Indian journal of veterinary science and animal husbandry - Volume 3,
Year: 1933
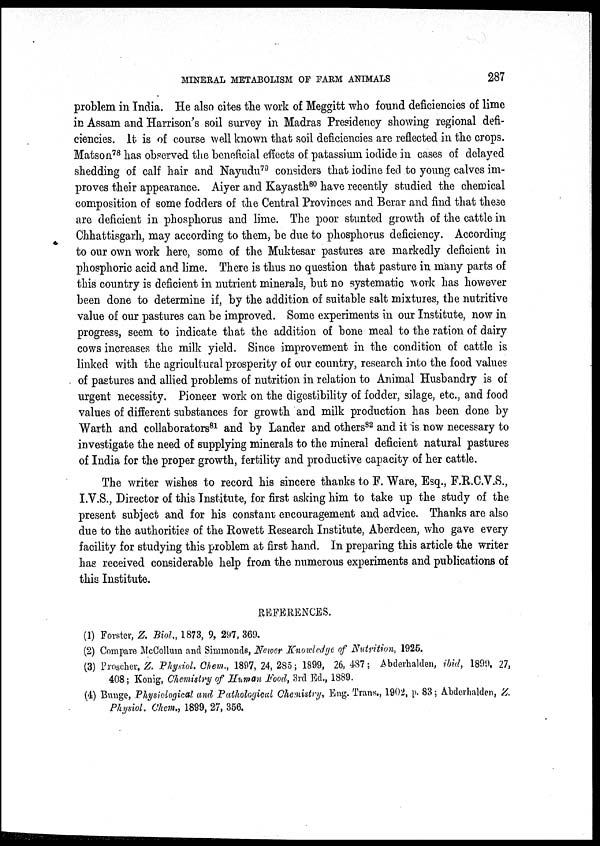
MINERAL METABOLISM OF FARM ANIMALS
287
problem in India. He also cites the work of Meggitt who found deficiencies of lime
in Assam and Harrison's soil survey in Madras Presidency showing regional defi-
ciencies. It is of course well known that soil deficiencies are reflected in the crops.
Matson 78 has observed the beneficial effects of patassium iodide, in cases of delayed
shedding of calf hair and Nayudu 79 considers that iodine fed to young calves im-
proves their appearance. Aiyer and Kayasth 80 have recently studied the chemical
composition of some fodders of the Central Provinces and Berar and find that these
are deficient in phosphorus and lime. The poor stunted growth of the cattle in
Chhattisgarh, may according to them, be due to phosphorus deficiency. According
to our own work here, some of the Muktesar pastures are markedly deficient in
phosphoric acid and lime. There is thus no question that pasture in many parts of
this country is deficient in nutrient minerals, but no systematic work has however
been done to determine if, by the addition of suitable salt mixtures, the nutritive
value of our pastures can be improved. Some experiments in our Institute, now in
progress, seem to indicate that the addition of bone meal to the ration of dairy
cows increases the milk yield. Since improvement in the condition of cattle is
linked with the agricultural prosperity of our country, research into the food values
of pastures and allied problems of nutrition in relation to Animal Husbandry is of
urgent necessity. Pioneer work on the digestibility of fodder, silage, etc., and food
values of different substances for growth and milk production has been done by
Warth and collaborators 81 and by Lander and others 82 and it is now necessary to
investigate the need of supplying minerals to the mineral deficient natural pastures
of India for the proper growth, fertility and productive capacity of her cattle.
The writer wishes to record his sincere thanks to F. Ware, Esq., F.R.C.V.S.,
I.V.S., Director of this Institute, for first asking him to take up the study of the
present subject and for his constant encouragement and advice. Thanks are also
due to the authorities of the Rowett Research Institute, Aberdeen, who gave every
facility for studying this problem at first hand. In preparing this article the writer
has received considerable help from the numerous experiments and publications of
this Institute.
REFERENCES.
(1) Forster, Z. Biol„ 1873, 9, 297, 369.
(2) Compare McCollum and Simmonds, Newer Knowledge of Nutrition, 1925.
(3) Proscher, Z. Physiol. Chem., 1897, 24, 285; 1899, 26, 487 ; Abderhalen, ibid, 1899, 27,
408 ; Konig, Chemistry of Human Food, 3rd Ed., 1889.
(4) Bunge, Physiological and Pathological Chemistry, Eng. Trans., 1902, p. 83 ; Abderhalden, Z.
Physiol. Chem., 1899, 27, 356.